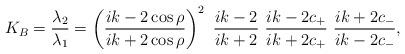
LaTeX: \begin{align*}K_B=\frac{\lambda_2}{\lambda_1}=\left(\frac{ik-2\cos\rho}{ik+2\cos\rho}\right)^2\ \frac{ik-2}{ ik+2}\ \frac{ik-2c_+}{ik+2c_+}\ \frac{ik+2c_-}{ik-2c_-},\end{align*}